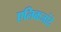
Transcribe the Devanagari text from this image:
एलिकजांदे